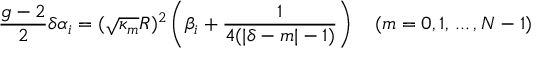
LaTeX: { \frac { g - 2 } { 2 } } \delta \alpha _ { i } = ( \sqrt { \kappa _ { m } } R ) ^ { 2 } \left( \beta _ { i } + { \frac { 1 } { 4 ( | \delta - m | - 1 ) } } \right) \quad ( m = 0 , 1 , \, . . . \, , N - 1 ) \,